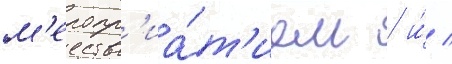
м'еропр'иа́т'ием / и́ /